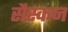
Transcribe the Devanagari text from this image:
सैस्कन